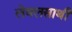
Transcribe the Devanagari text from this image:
लेबलसाथी